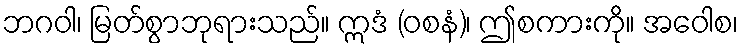
ဘဂဝါ၊ မြတ်စွာဘုရားသည်။ ဣဒံ (ဝစနံ)၊ ဤစကားကို။ အဝေါစ၊